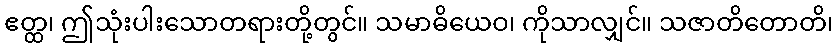
ဧတ္ထ၊ ဤသုံးပါးသောတရားတို့တွင်။ သမာဓိယေဝ၊ ကိုသာလျှင်။ သဇာတိတောတိ၊